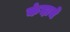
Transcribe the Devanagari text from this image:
कंदाचे